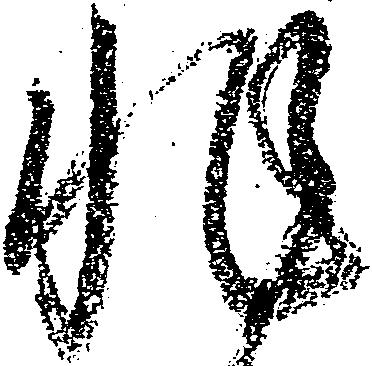
非